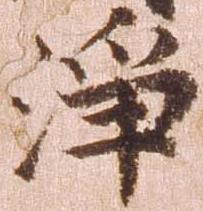
浄